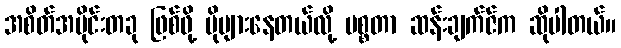
အစိတ်အပိုင်းတခု ဖြစ်ဖို့ ပိုများနေတယ်လို့ မစ္စတာ ဆန်းချက်ဇ်က ဆိုပါတယ်။